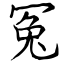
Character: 冤